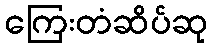
ကြေးတံဆိပ်ဆု